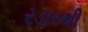
રડારથી